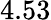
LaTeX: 4.53